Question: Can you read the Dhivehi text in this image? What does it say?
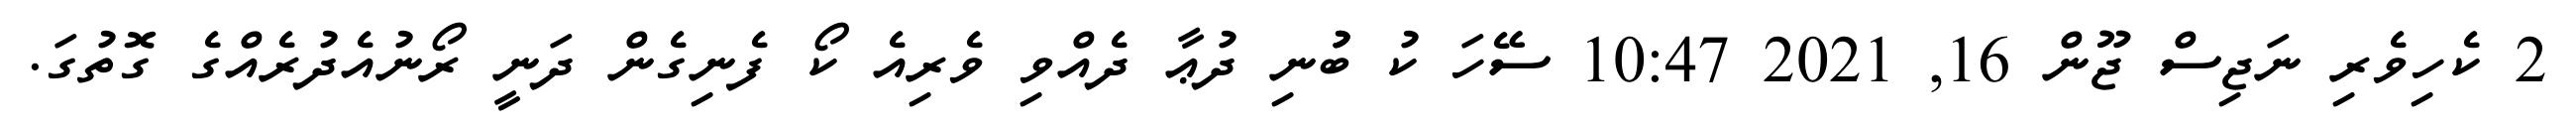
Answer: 2 ކެހިވެރި ނަޖިސް ޖޫން 16, 2021 10:47 ސޭހަ ކު ބުުނި ދުޢާ ދެއްވި ވެރިއެ ކޯ ފެނިގެން ދަނީ ރޯނުއެދުރެއްގެ ގޮތުގަ.